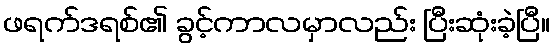
ဖရက်ဒရစ်၏ ခွင့်ကာလမှာလည်း ပြီးဆုံးခဲ့ပြီ။